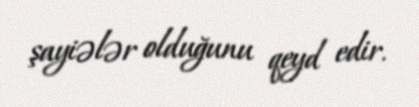
şayiələr olduğunu qeyd edir.